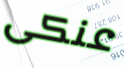
عنكى